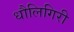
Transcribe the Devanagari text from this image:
धौलिगिरी